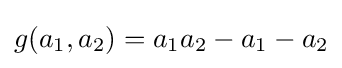
g(a_{1},a_{2})=a_{1}a_{2}-a_{1}-a_{2}